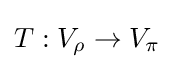
T:V_{\rho }\to V_{\pi }